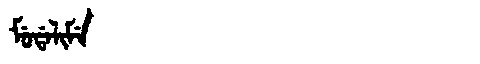
Manchu: ᠮᡠᡩᠠᠯᡳᠮᡝ
Romanization: MUDALIME